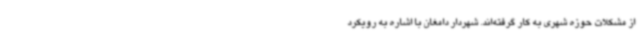
از مشکلات حوزه شهری به کار گرفته‌اند. شهردار دامغان با اشاره به رویکرد